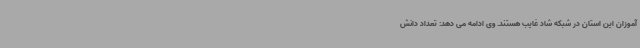
آموزان این استان در شبکه شاد غایب هستند. وی ادامه می دهد: تعداد دانش